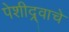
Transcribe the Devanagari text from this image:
पेशीद्र्वाचे